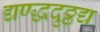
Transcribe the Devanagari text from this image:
द्यण्द्धदृठ्ठद्य